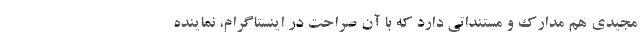
مجیدی هم مدارک و مستنداتی دارد که با آن صراحت در اینستاگرام، نماینده